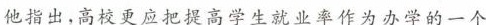
他指出，高校更应把提高学生就业率作为办学的一个